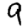
Digit: 9